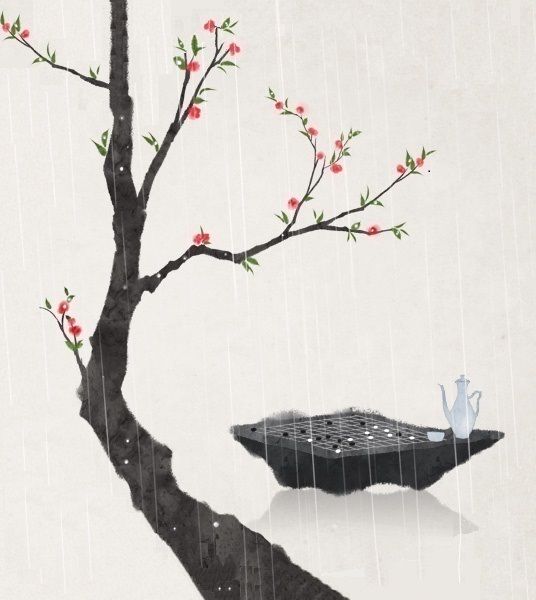
微雨众卉新，一雷惊蛰始。